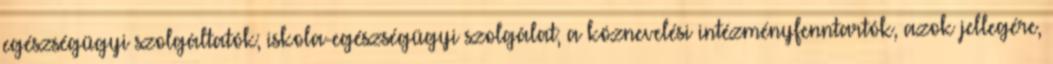
egészségügyi szolgáltatók; iskola-egészségügyi szolgálat; a köznevelési intézményfenntartók, azok jellegére,